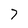
Character: 7